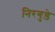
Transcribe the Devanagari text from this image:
निरगुड़े